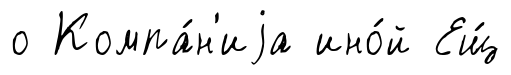
о Компа́н'иjа ино́й Ещ́